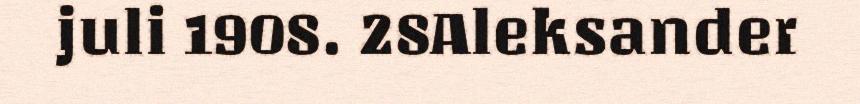
juli 1908. 28Aleksander